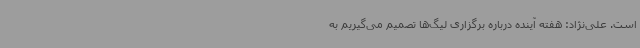
است. علی‌نژاد: هفته آینده درباره برگزاری لیگ‌ها تصمیم می‌گیریم به